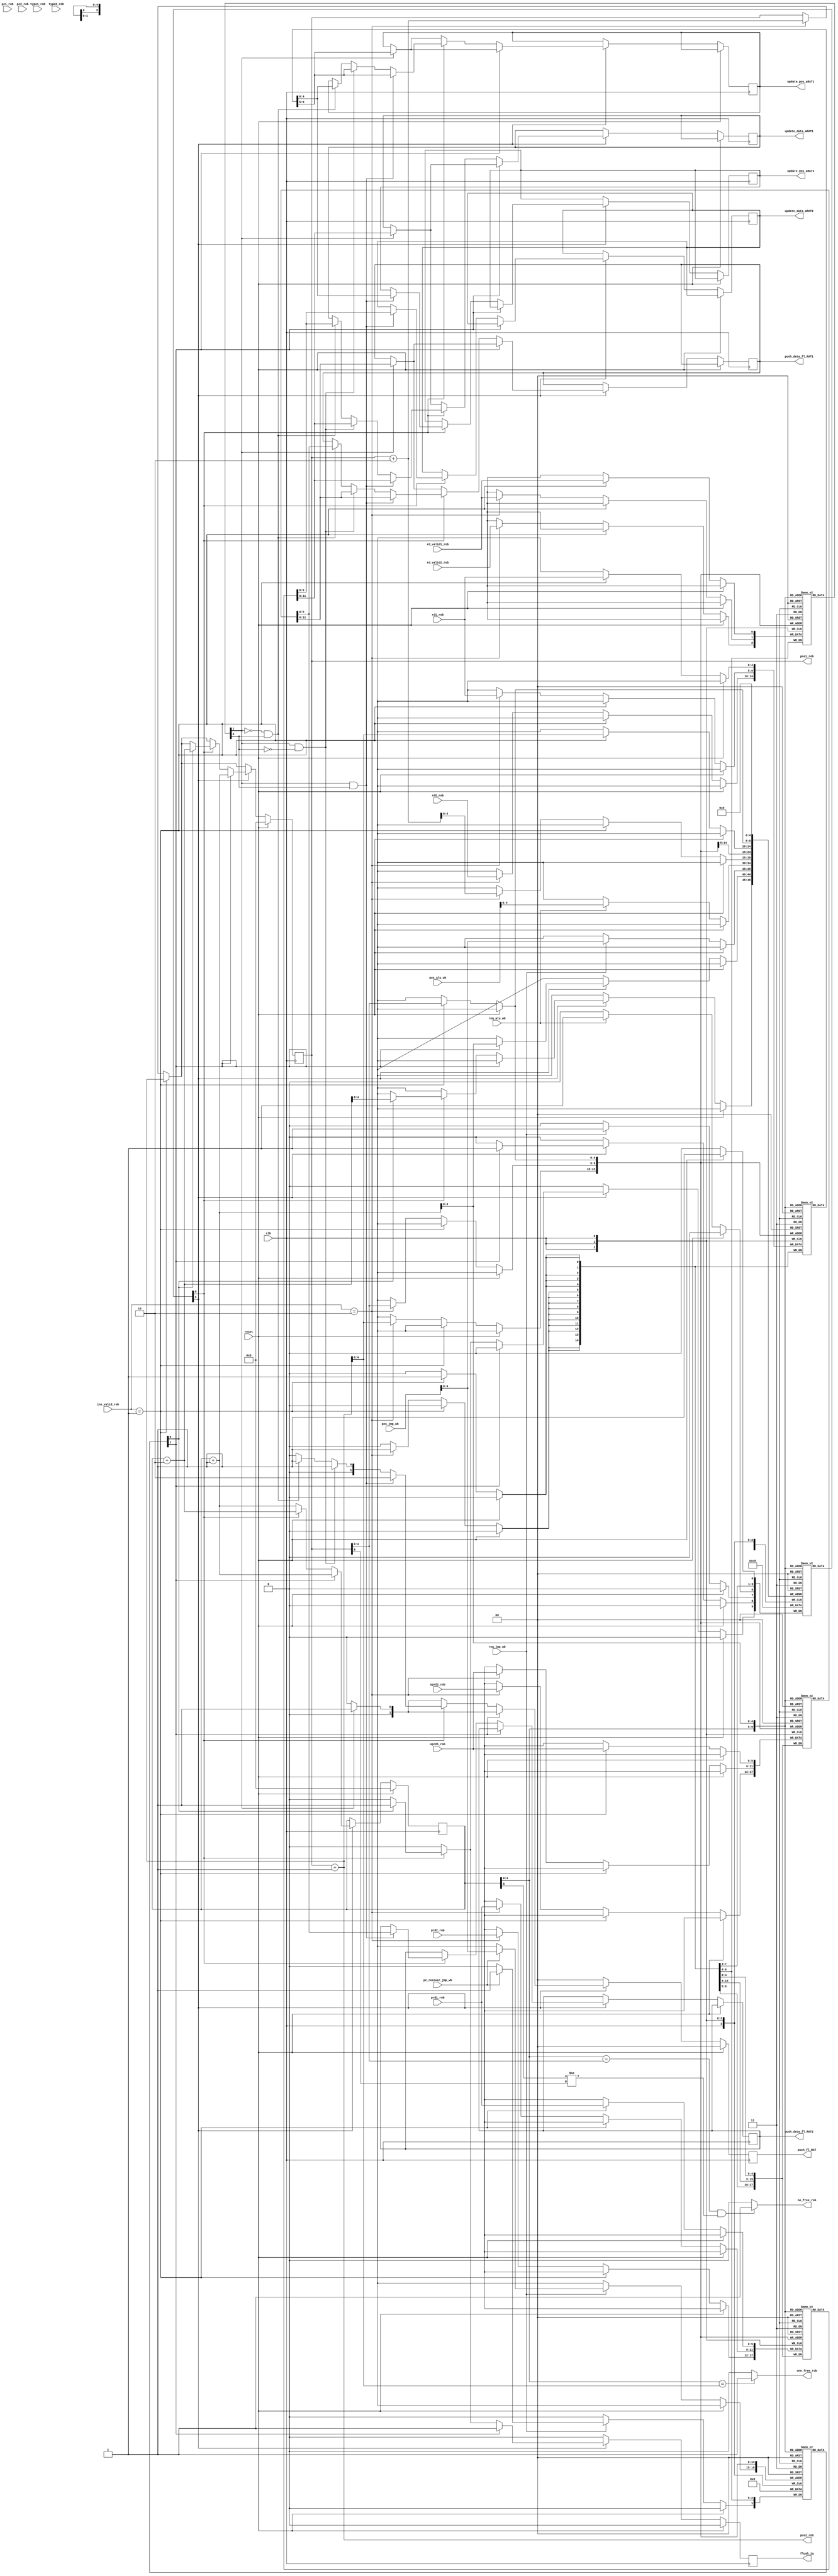
module ROB (
    input clk,
    input reset,

    output wire no_free_rob,
    output wire one_free_rob,  // strictly adjust inputs based on these

    input [1:0] ins_valid_rob,
    input rd_valid1_rob,
    input [1:0] type1_rob,
    input [4:0] rd1_rob,
    input [5:0] prd1_rob,
    input [5:0] oprd1_rob,
    input [31:0] pc1_rob,
    input rd_valid2_rob,
    input [1:0] type2_rob,
    input [4:0] rd2_rob,
    input [5:0] prd2_rob,
    input [5:0] oprd2_rob,
    input [31:0] pc2_rob,

    // iq
    output wire [5:0] pos1_rob,
    output wire [5:0] pos2_rob,

    // reorder
    input req_alu_wb,
    input [5:0] pos_alu_wb,
    input req_jmp_wb,
    input pc_recover_jmp_wb,
    input [5:0] pos_jmp_wb,

    // jmp recover
    output reg flush_iq,

    // freelist_rat
    output reg [1:0] push_fl_RAT,
    output reg [5:0] push_data_fl_RAT1,
    output reg [5:0] push_data_fl_RAT2,

    // aRAT
    output reg [4:0] update_pos_aRAT1,
    output reg [4:0] update_pos_aRAT2,
    output reg [5:0] update_data_aRAT1,
    output reg [5:0] update_data_aRAT2

);

// Capacit of 32 instr.
reg Posbit [0:31];
reg [1:0] Type [0:31];
reg [4:0] Areg [0:31];
reg [5:0] Preg [0:31];
reg [5:0] OPreg [0:31];
reg RegVal [0:31];
reg [31:0] PC [0:31];
reg Exception [0:31];
reg Complete [0:31];

//  1 position bit + 4 actual bits
reg [5:0] headp;
reg [5:0] tailp;
wire [5:0] headp_next;
wire [5:0] tailp_next;
wire [5:0] headp_next_next;
wire [5:0] tailp_next_next;

assign no_free_rob = (headp[4:0]==tailp[4:0] && headp[5]!=tailp[5])?1'b1:1'b0;
assign one_free_rob = (headp[4:0]==tailp_next[4:0])?1'b1:1'b0;

assign pos1_rob = tailp;
assign pos2_rob = tailp+6'd1;

assign headp_next = headp+6'd1;
assign tailp_next = tailp+6'd1;
assign headp_next_next = headp+6'd2;
assign tailp_next_next = tailp+6'd2;

always @(posedge clk ) begin
    if (reset) begin
        headp <= 6'b0;
        tailp <= 6'b0;
        push_fl_RAT <= 2'b0;
        Complete[0] <= 1'b0;
        flush_iq <= 1'b0;
    end else begin
        // allocate
        if (ins_valid_rob==2'b01) begin
            Posbit[tailp[4:0]] <= tailp[5];
            Type[tailp[4:0]] <= type1_rob;
            Areg[tailp[4:0]] <= rd1_rob;
            Preg[tailp[4:0]] <= prd1_rob;
            OPreg[tailp[4:0]] <= oprd1_rob;
            RegVal[tailp[4:0]] <= rd_valid1_rob;
            PC[tailp[4:0]] <= pc1_rob;
            Exception[tailp[4:0]] <= 1'b0;
            Complete[tailp[4:0]] <= 1'b0;
            tailp <= tailp + 6'd1;
            Complete[tailp_next[4:0]] <= 1'b0;
        end else if (ins_valid_rob==2'b10) begin
            Posbit[tailp[4:0]] <= tailp[5];
            Type[tailp[4:0]] <= type1_rob;
            Areg[tailp[4:0]] <= rd1_rob;
            Preg[tailp[4:0]] <= prd1_rob;
            OPreg[tailp[4:0]] <= oprd1_rob;
            RegVal[tailp[4:0]] <= rd_valid1_rob;
            PC[tailp[4:0]] <= pc1_rob;
            Exception[tailp[4:0]] <= 1'b0;
            Complete[tailp[4:0]] <= 1'b0;
            Posbit[tailp_next[4:0]] <= tailp_next[5];
            Type[tailp_next[4:0]] <= type2_rob;
            Areg[tailp_next[4:0]] <= rd2_rob;
            Preg[tailp_next[4:0]] <= prd2_rob;
            OPreg[tailp_next[4:0]] <= oprd2_rob;
            RegVal[tailp_next[4:0]] <= rd_valid2_rob;
            PC[tailp_next[4:0]] <= pc2_rob;
            Exception[tailp_next[4:0]] <= 1'b0;
            Complete[tailp_next[4:0]] <= 1'b0;
            tailp <= tailp + 6'd2;
            Complete[tailp_next_next[4:0]] <= 1'b0;
        end

        // complete
        if (req_alu_wb) begin
            Complete[pos_alu_wb[4:0]] <= 1'b1;
        end
        if (req_jmp_wb) begin
            Complete[pos_jmp_wb[4:0]] <= 1'b1;
            if (pc_recover_jmp_wb) begin
                Exception[pos_jmp_wb[4:0]] <= 1'b1;
            end
        end

        // free
        if (Complete[headp[4:0]] == 1'b1) begin
            if (Exception[headp[4:0]] == 1'b1) begin
                flush_iq <= 1'b1;
                headp <= headp_next;
                tailp <= headp_next;
                if (RegVal[headp[4:0]] == 1'b1) begin
                    push_fl_RAT <= 2'b01;
                    push_data_fl_RAT1 <= OPreg[headp[4:0]];
                    update_pos_aRAT1 <= Areg[headp[4:0]];
                    update_data_aRAT1 <= Preg[headp[4:0]];
                end else begin
                    push_fl_RAT <= 2'b00;  // illegal rd
                end        
                Complete[headp_next[4:0]] <= 1'b0;
            end
            else if (Complete[headp_next[4:0]] == 1'b1) begin
                headp <= headp_next_next;
                if (RegVal[headp[4:0]] && RegVal[headp_next[4:0]]) begin
                    push_fl_RAT <= 2'b10;
                    push_data_fl_RAT1 <= OPreg[headp[4:0]];
                    push_data_fl_RAT2 <= OPreg[headp_next[4:0]];
                    update_pos_aRAT1 <= Areg[headp[4:0]];
                    update_pos_aRAT2 <= Areg[headp_next[4:0]];
                    update_data_aRAT1 <= Preg[headp[4:0]];
                    update_data_aRAT2 <= Preg[headp_next[4:0]];
                end else if (RegVal[headp[4:0]] && !RegVal[headp_next[4:0]]) begin
                    push_fl_RAT <= 2'b01;
                    push_data_fl_RAT1 <= OPreg[headp[4:0]];
                    update_pos_aRAT1 <= Areg[headp[4:0]];
                    update_data_aRAT1 <= Preg[headp[4:0]];
                end else if (!RegVal[headp[4:0]] && RegVal[headp_next[4:0]]) begin
                    push_fl_RAT <= 2'b01;
                    push_data_fl_RAT1 <= OPreg[headp_next[4:0]];
                    update_pos_aRAT1 <= Areg[headp_next[4:0]];
                    update_data_aRAT1 <= Preg[headp_next[4:0]];
                end else begin
                    push_fl_RAT <= 2'b00;
                end
                if (Exception[headp_next[4:0]] == 1'b1) begin
                    flush_iq <= 1'b1;
                    tailp <= headp_next_next;
                    Complete[headp_next_next[4:0]] <= 1'b0;  // TODO
                end else begin
                    flush_iq <= 1'b0;
                end
            end else begin
                headp <= headp + 6'd1;
                flush_iq <= 1'b0;
                if (RegVal[headp[4:0]]) begin
                    push_fl_RAT <= 2'b01;
                    push_data_fl_RAT1 <= OPreg[headp[4:0]];
                    update_pos_aRAT1 <= Areg[headp[4:0]];
                    update_data_aRAT1 <= Preg[headp[4:0]];
                end else begin
                    push_fl_RAT <= 2'b00;
                end
            end
        end else begin
            push_fl_RAT <= 2'b0;
            flush_iq <= 1'b0;
        end
    end
    
end



    
endmodule